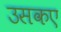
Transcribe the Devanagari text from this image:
उसकए